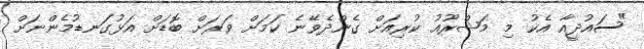
"ސައުދީއާ އެކު މި މަޝްރޫއު ކުރިއަށް ގެންދެވޭނެ ކަމަށް ވަރަށް ބޮޑަށް އަޅުގަނޑުމެންނަށް